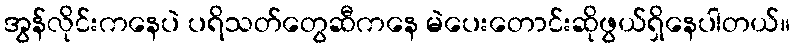
အွန်လိုင်းကနေပဲ ပရိသတ်တွေဆီကနေ မဲပေးတောင်းဆိုဖွယ်ရှိနေပါတယ်။